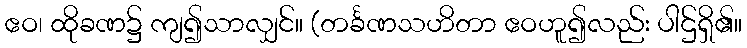
ဧဝ၊ ထိုခဏ၌ ကျ၍သာလျှင်။ (တင်္ခဏသဟိတာ ဧဝဟူ၍လည်း ပါဌ်ရှိ၏။